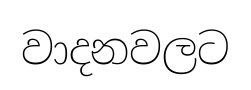
වාදනවලට